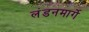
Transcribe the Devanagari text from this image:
लंडनमार्गे